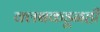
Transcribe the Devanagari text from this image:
क्लबकडूनही